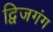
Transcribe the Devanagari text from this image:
द्विजगंग